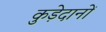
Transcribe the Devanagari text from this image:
कुड़ेदानों